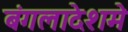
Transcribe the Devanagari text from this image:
बंगलादेशमे